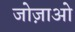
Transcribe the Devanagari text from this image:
जोज़ाओ